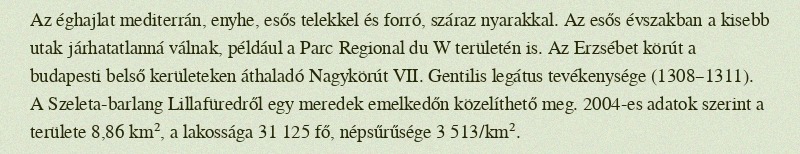
Az éghajlat mediterrán, enyhe, esős telekkel és forró, száraz nyarakkal. Az esős évszakban a kisebb utak járhatatlanná válnak, például a Parc Regional du W területén is. Az Erzsébet körút a budapesti belső kerületeken áthaladó Nagykörút VII. Gentilis legátus tevékenysége (1308–1311). A Szeleta-barlang Lillafüredről egy meredek emelkedőn közelíthető meg. 2004-es adatok szerint a területe 8,86 km², a lakossága 31 125 fő, népsűrűsége 3 513/km².